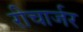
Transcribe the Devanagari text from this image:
रीचार्जर